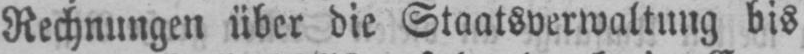
Rechnungen über die Staatsverwaltung bis